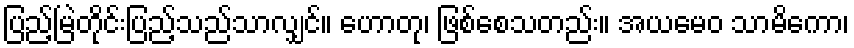
ပြည့်မြဲတိုင်းပြည့်သည်သာလျှင်။ ဟောတု၊ ဖြစ်စေသတည်း။ အယမေဝ သာမိကော၊